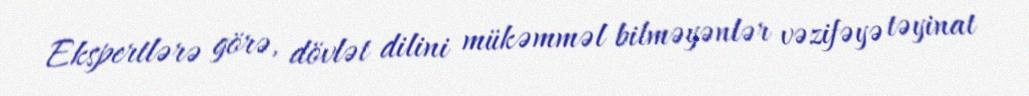
Ekspertlərə görə, dövlət dilini mükəmməl bilməyənlər vəzifəyə təyinat